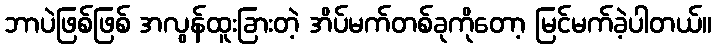
ဘာပဲဖြစ်ဖြစ် အလွန်ထူးခြားတဲ့ အိပ်မက်တစ်ခုကိုတော့ မြင်မက်ခဲ့ပါတယ်။